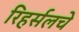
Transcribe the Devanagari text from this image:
रिहर्सलचे